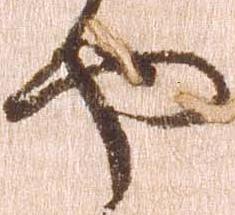
や